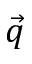
\vec { q }